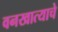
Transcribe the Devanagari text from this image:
वनखात्याचे